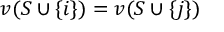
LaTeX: v ( S \cup \{ i \} ) = v ( S \cup \{ j \} )